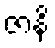
ဇာနိ